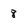
Character: 8